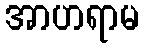
အာဟရာမ